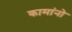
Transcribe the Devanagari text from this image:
कामांनो